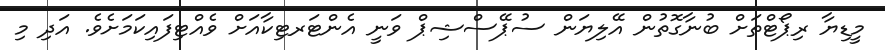
މީޑިޔާ ރިޕޯޓްތަށް ބުނާގޮތުން އޭލިޔަން ސުޕޭސްޝިޕް ވަނީ އެންޓަރޓިކާއަށް ވެއްޓިފައިކަަމަށެވެ. އަދި މި